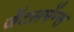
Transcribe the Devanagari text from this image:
जेंटलमेंन्स